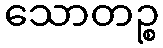
သောတဉ္စ